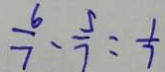
\frac { 6 } { 7 } - \frac { 5 } { 7 } = \frac { 1 } { 7 }